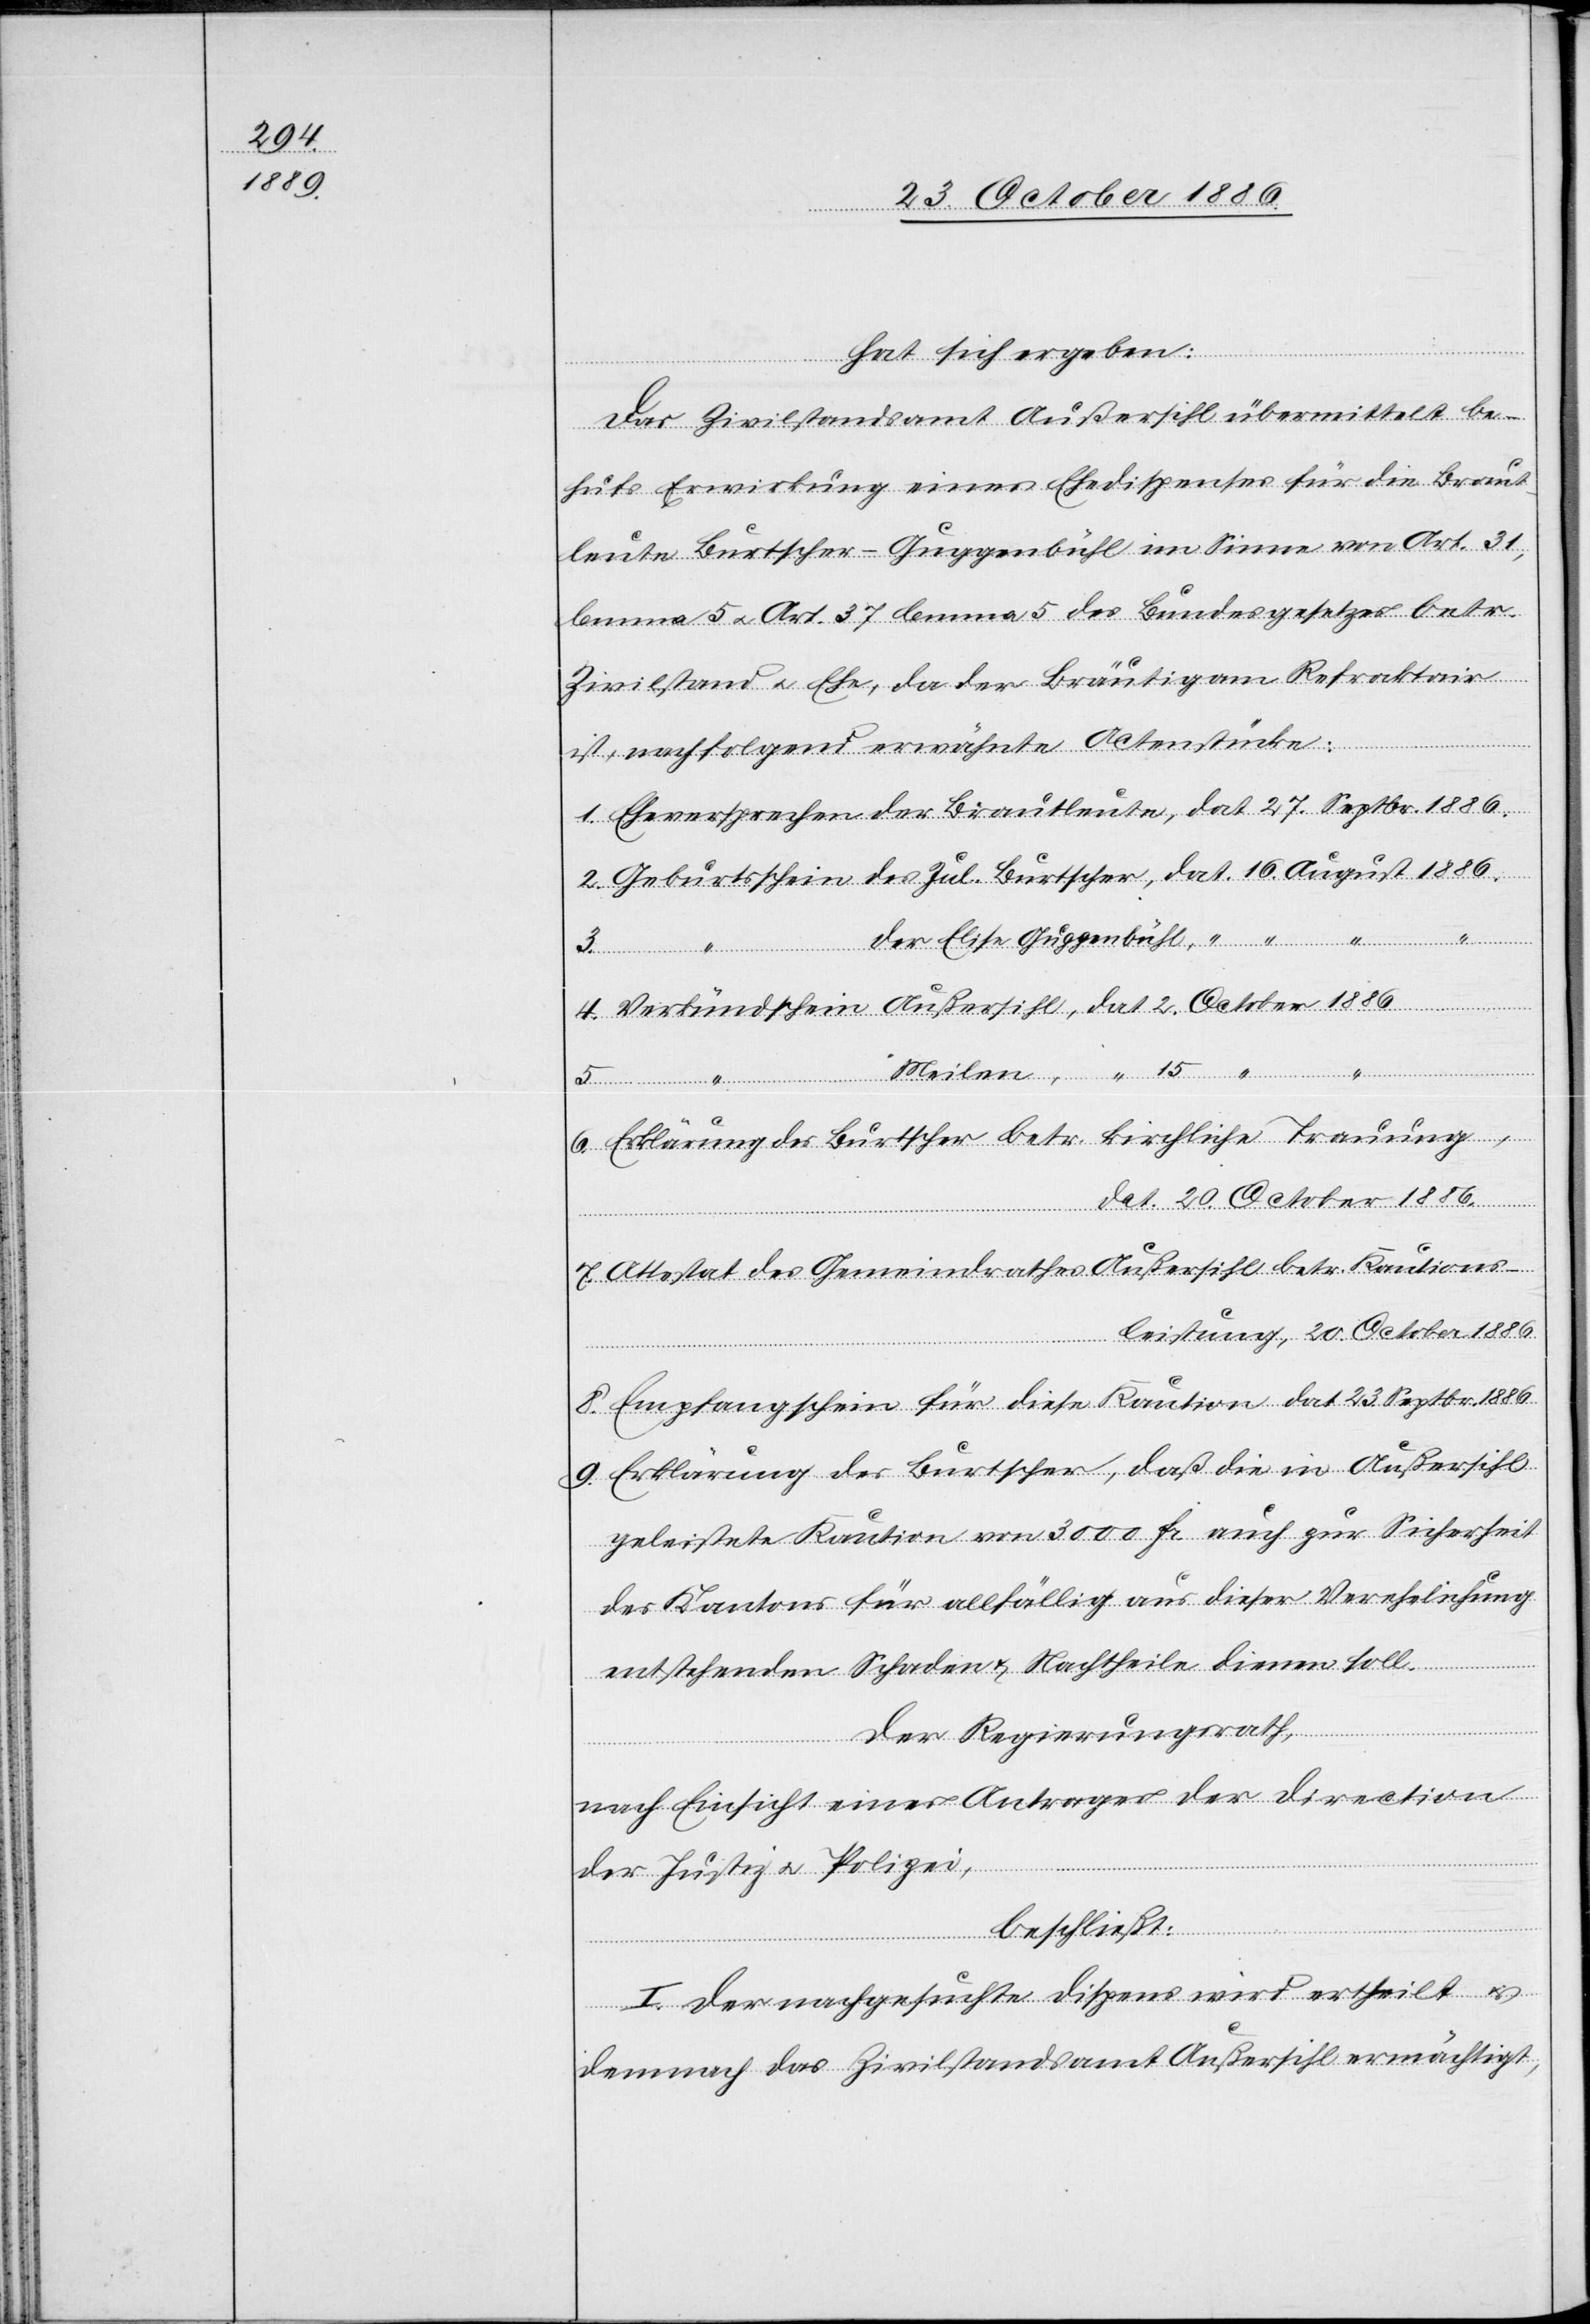
1886.

Fr.
hat sich ergeben:
Das Zivilstandsamt Außersihl übermittelt be¬
hufs Erwirkung eines Ehedispenses für die Brau¬
leute Burtscher-Guggenbühl im Sinne von Art. 31,
lemma 5 & Art. 37 lemma 5 des Bundesgesetzes betr.
Zivilstand & Ehe, da der Bräutigam Refraktair
ist, nachfolgend erwähnte Actenstücke:
der Elise Guggenbühl
Sicherheit
Erklärung des Burtscher betr. kirchliche Trauung,
auch
dat. 20. October 1886.
Attestat des Gemeindrathes Außersihl betr. Kautions¬
leistung, 20. October 1886.
Empfangschein für diese Kaution dat. 23. Septbr. 1886.
Erklärung des Burtscher, daß die in Außersihl
des Kantons für allfällig aus dieser Verehelichung
entstehenden Schaden & Nachtheile dienen soll.
Der Regierungsrath,
nach Einsicht eines Antrages der Direction
der Justiz & Polizei,
beschließt:
I. Der nachgesuchte Dispens wird ertheilt &
demnach das Zivilstandsamt Außersihl ermächtigt,